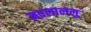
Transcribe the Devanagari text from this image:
नवलाललु